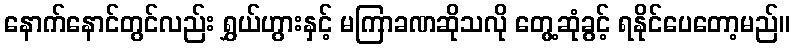
နောက်နောင်တွင်လည်း ရွှယ်ဟွားနှင့် မကြာခဏဆိုသလို တွေ့ဆုံခွင့် ရနိုင်ပေတော့မည်။